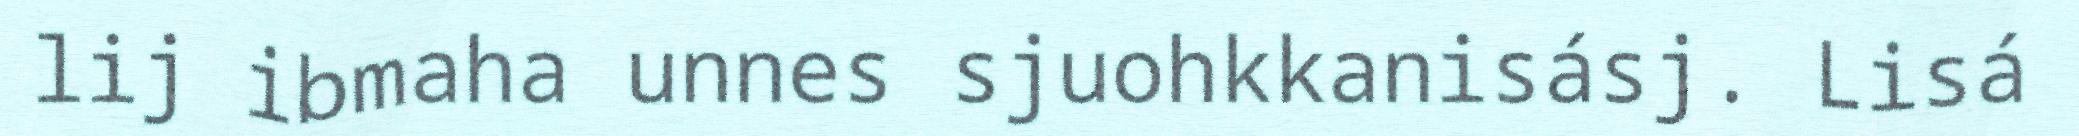
lij ibmaha unnes sjuohkkanisásj. Lisá